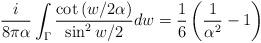
LaTeX: \begin{align*}{i \over 8\pi\alpha}\int_{\Gamma}{\cot\left({w/ 2 \alpha}\right)\over \sin ^2w/2}dw=\frac 16\left({1 \over \alpha^2}-1\right)\end{align*}